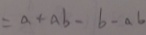
= a + a b - b - a b